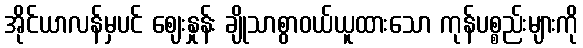
အိုင်ယာလန်မှပင် ဈေးနှုန်း ချိုသာစွာဝယ်ယူထားသော ကုန်ပစ္စည်းများကို